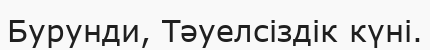
Бурунди, Тәуелсiздiк күнi.